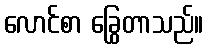
လောင်စာ ခြွေတာသည်။